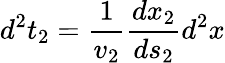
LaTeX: d^{2}t_{2}={\frac{1}{v_{2}}}{\frac{dx_{2}}{ds_{2}}}d^{2}x